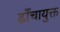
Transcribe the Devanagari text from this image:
ढाँचायुक्त